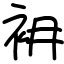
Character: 衻